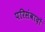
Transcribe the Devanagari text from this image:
परिसंवादों